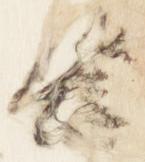
隆